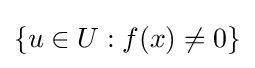
\{u\in U:f(x)\neq 0\}